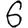
Digit: 6